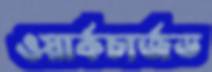
ওয়ার্কচার্জড